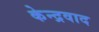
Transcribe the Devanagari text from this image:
केन्द्रवाद